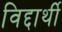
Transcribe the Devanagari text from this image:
विद्दार्थी